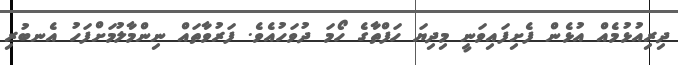
ދިރިއުޅުމެއް އުޅެން ފެށިފައިވަނީ މިދިޔަ ހަފްތާގެ ހޯމަ ދުވަހުއެވެ. ފަރުވާތައް ނިންމާލުމަށްފަހު އެނބުރި